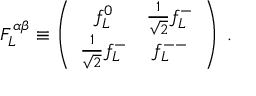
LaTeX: F _ { L } ^ { \alpha \beta } \equiv \left( \begin{array} { c c } { { f _ { L } ^ { 0 } } } & { { \frac { 1 } { \sqrt 2 } f _ { L } ^ { - } } } \\ { { \frac { 1 } { \sqrt 2 } f _ { L } ^ { - } } } & { { f _ { L } ^ { -- } } } \end{array} \right) \; .